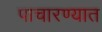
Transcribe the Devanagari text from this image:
पाचारण्यात